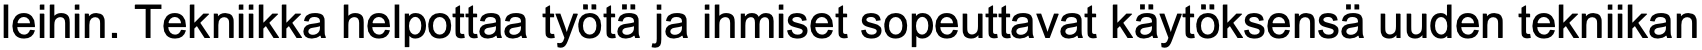
leihin. Tekniikka helpottaa työtä ja ihmiset sopeuttavat käytöksensä uuden tekniikan